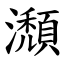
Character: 瀩